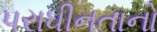
પરાધીનતાનો